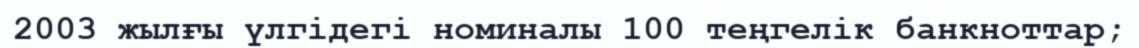
2003 жылғы үлгідегі номиналы 100 теңгелік банкноттар;